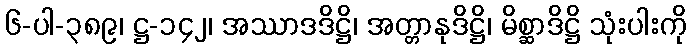
၆-ပါ-၃၈၉၊ ဋ္ဌ-၁၄၂၊ အဿာဒဒိဋ္ဌိ၊ အတ္တာနုဒိဋ္ဌိ၊ မိစ္ဆာဒိဋ္ဌိ သုံးပါးကို